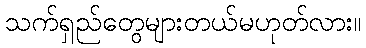
သက်ရှည်တွေများတယ်မဟုတ်လား။